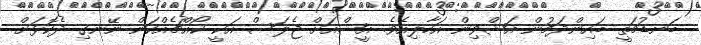
ބަނޑުމަތީ ބައިންދަމުން އަޝްވިން އަހާލިއެވެ. އީޝްއަށް ޖެލަސް އަކީ ކޯއްޗެއްކަން ނޭނގި ދެކޮޅަށް